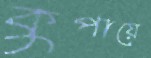
কুপায়ে